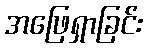
အဖြေရှာခြင်း